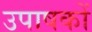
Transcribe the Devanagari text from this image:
उपाषकों